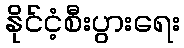
နိုင်ငံ့စီးပွားရေး